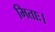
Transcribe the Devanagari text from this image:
मिताः।